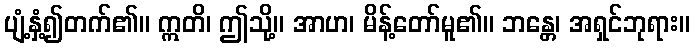
ပျံ့နှံ့၍တက်၏။ ဣတိ၊ ဤသို့။ အာဟ၊ မိန့်တော်မူ၏။ ဘန္တေ၊ အရှင်ဘုရား။